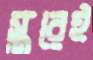
স্তরেই